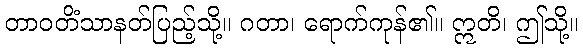
တာဝတိံသာနတ်ပြည့်သို့။ ဂတာ၊ ရောက်ကုန်၏။ ဣတိ၊ ဤသို့။